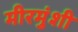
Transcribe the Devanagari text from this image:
मीरमुंशी